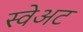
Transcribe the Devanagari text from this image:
स्वेअट